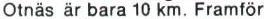
Otnäs är bara 10 km. Framför